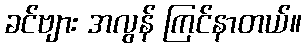
ခင်ဗျား အလွန် ကြင်နာတယ်။